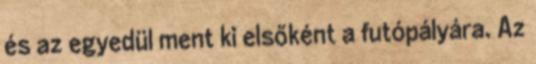
és az egyedül ment ki elsőként a futópályára. Az